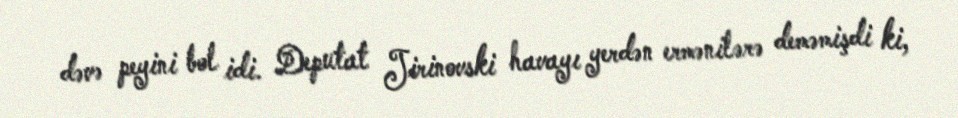
dəvə peyini bol idi. Deputat Jirinovski havayı yerdən ermənilərə deməmişdi ki,